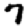
Digit: 7